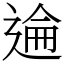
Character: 𫐮